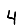
Digit: 4